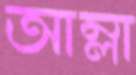
আম্লা